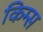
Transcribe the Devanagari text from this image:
किम्स